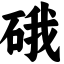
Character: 硪